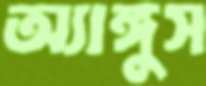
অ্যাঙ্গুস